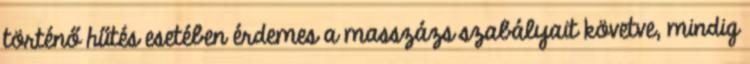
történő hűtés esetében érdemes a masszázs szabályait követve, mindig